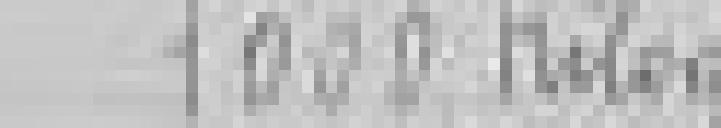
sortie : 1.000 kilos